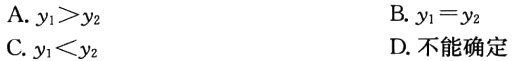
A. \(y_{1}>y_{2}\)
B. \(y_{1}=y_{2}\)
C. \(y_{1}<y_{2}\)
D. 不能确定